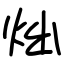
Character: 炪